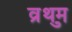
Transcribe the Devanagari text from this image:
व्रुथम